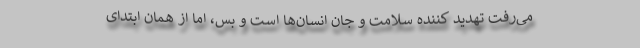
می‌رفت تهدید کننده سلامت و جان انسان‌ها است و بس، اما از همان ابتدای